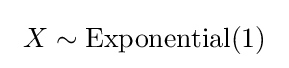
\ X\sim {\textrm {Exponential}}(1)\